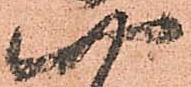
四